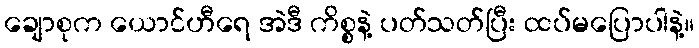
ချောစုက ယောင်ဟီရေ အဲဒီ ကိစ္စနဲ့ ပတ်သတ်ပြီး ထပ်မပြောပါနဲ့။